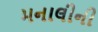
મનાલીની